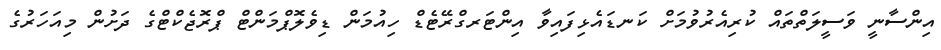
އިންސާނީ ވަސީލަތްތައް ކުރިއެރުވުމަށް ކަނޑައެޅިފައިވާ އިންޓަރގްރޭޓެޑް ހިއުމަން ޑިވެލޮޕްމަންޓް ޕްރޮޖެކްޓްގެ ދަށުން މިއަހަރުގެ